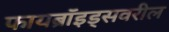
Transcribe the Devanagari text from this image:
फायब्रॉइड्‌सवरील